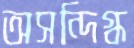
অসন্দিগ্ধ